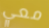
معي